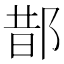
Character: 𨛳